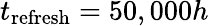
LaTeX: t_{\textrm{refresh}}=50,000h